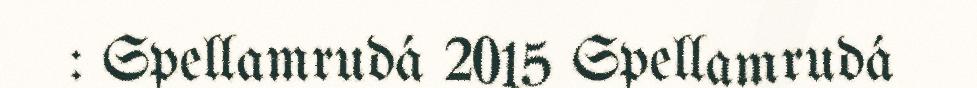
: Spellamrudá 2015 Spellamrudá